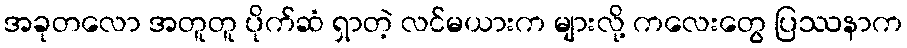
အခုတလော အတူတူ ပိုက်ဆံ ရှာတဲ့ လင်မယားက များလို့ ကလေးတွေ ပြဿနာက